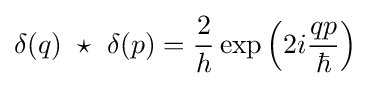
\delta (q)~\star ~\delta (p)={2 \over h}\exp \left(2i{qp \over \hbar }\right)